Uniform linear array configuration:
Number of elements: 24
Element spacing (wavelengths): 0.25
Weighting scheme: hann
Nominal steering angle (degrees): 30
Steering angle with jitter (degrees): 30.963
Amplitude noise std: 0.05
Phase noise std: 0.05

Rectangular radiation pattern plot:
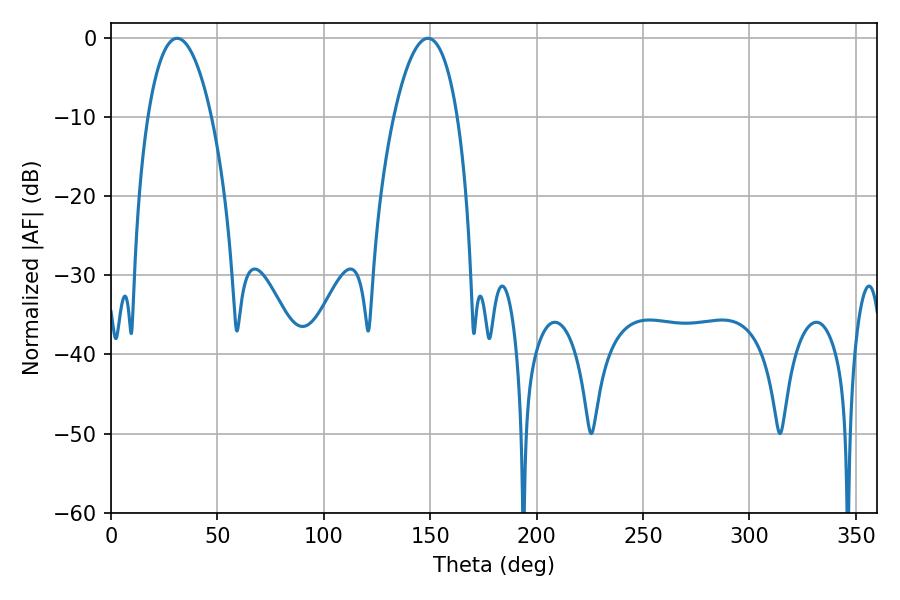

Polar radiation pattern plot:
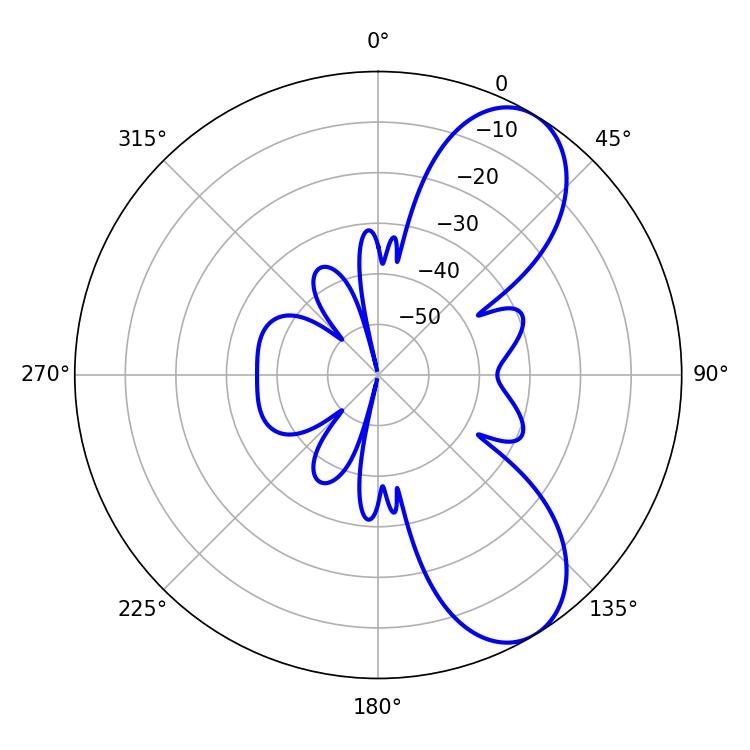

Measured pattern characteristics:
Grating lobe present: FALSE
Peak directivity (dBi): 7.911
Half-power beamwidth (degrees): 16.74
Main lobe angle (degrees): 31.14